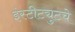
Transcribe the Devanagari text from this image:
इंस्टीट्युटचे